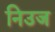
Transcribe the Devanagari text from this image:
निउज